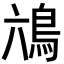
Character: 𮬭